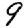
Digit: 9